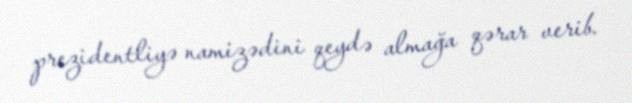
prezidentliyə namizədini qeydə almağa qərar verib.